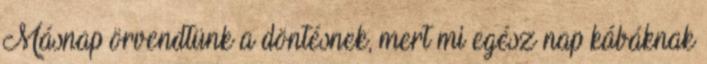
Másnap örvendtünk a döntésnek, mert mi egész nap kábáknak